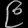
Digit: ၉